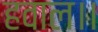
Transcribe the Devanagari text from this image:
हवाल।।